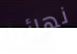
نهائيا